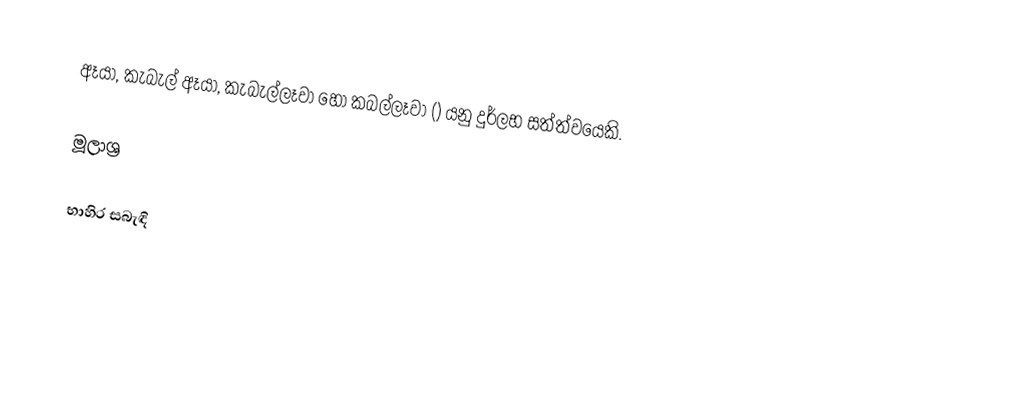
ඈයා, කැබැල් ඈයා, කැබැල්ලෑවා හෝ කබල්ලෑවා () යනු දුර්ලභ සත්ත්වයෙකි.

මූලාශ්‍ර

භාහිර සබැඳි